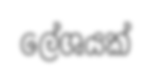
ලේශයක්